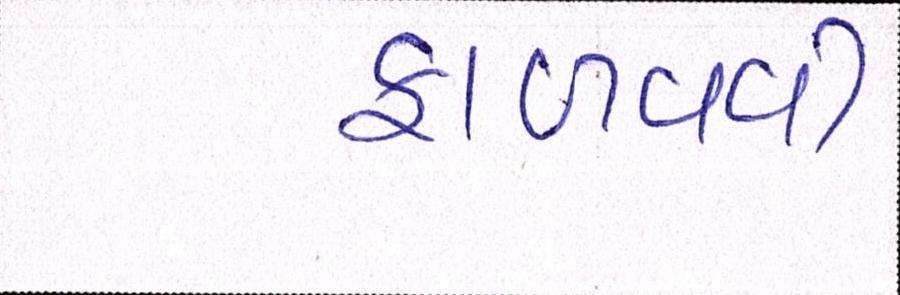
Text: ફાળવવી